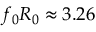
f _ { 0 } R _ { 0 } \approx 3 . 2 6